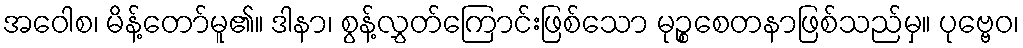
အဝေါစ၊ မိန့်တော်မူ၏။ ဒါနာ၊ စွန့်လွှတ်ကြောင်းဖြစ်သော မုဉ္စစေတနာဖြစ်သည်မှ။ ပုဗ္ဗေဝ၊